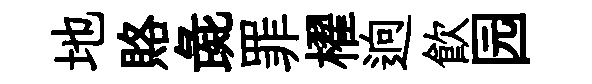
地賂彘罪櫂逈飲园